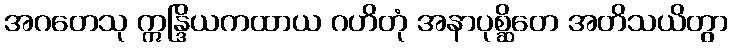
အဂတေသု ဣန္ဒြိယကထာယ ဂဟိတုံ အနာပုစ္ဆိတေ အတိသယိတွာ